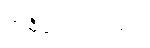
အဓိလေးပါးတွင်